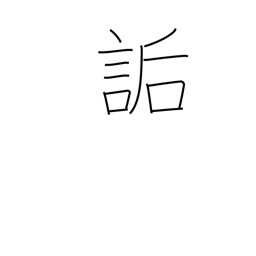
Meaning: ridicule